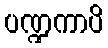
ပဏ္ဍကာပိ